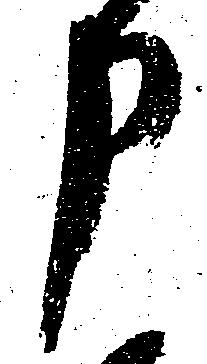
申